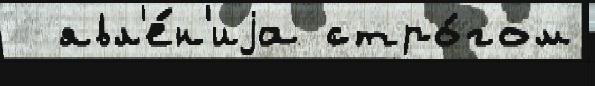
  явл'е́н'иjа стро́гом